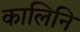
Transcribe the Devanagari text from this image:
कालिनि